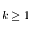
k \ge 1